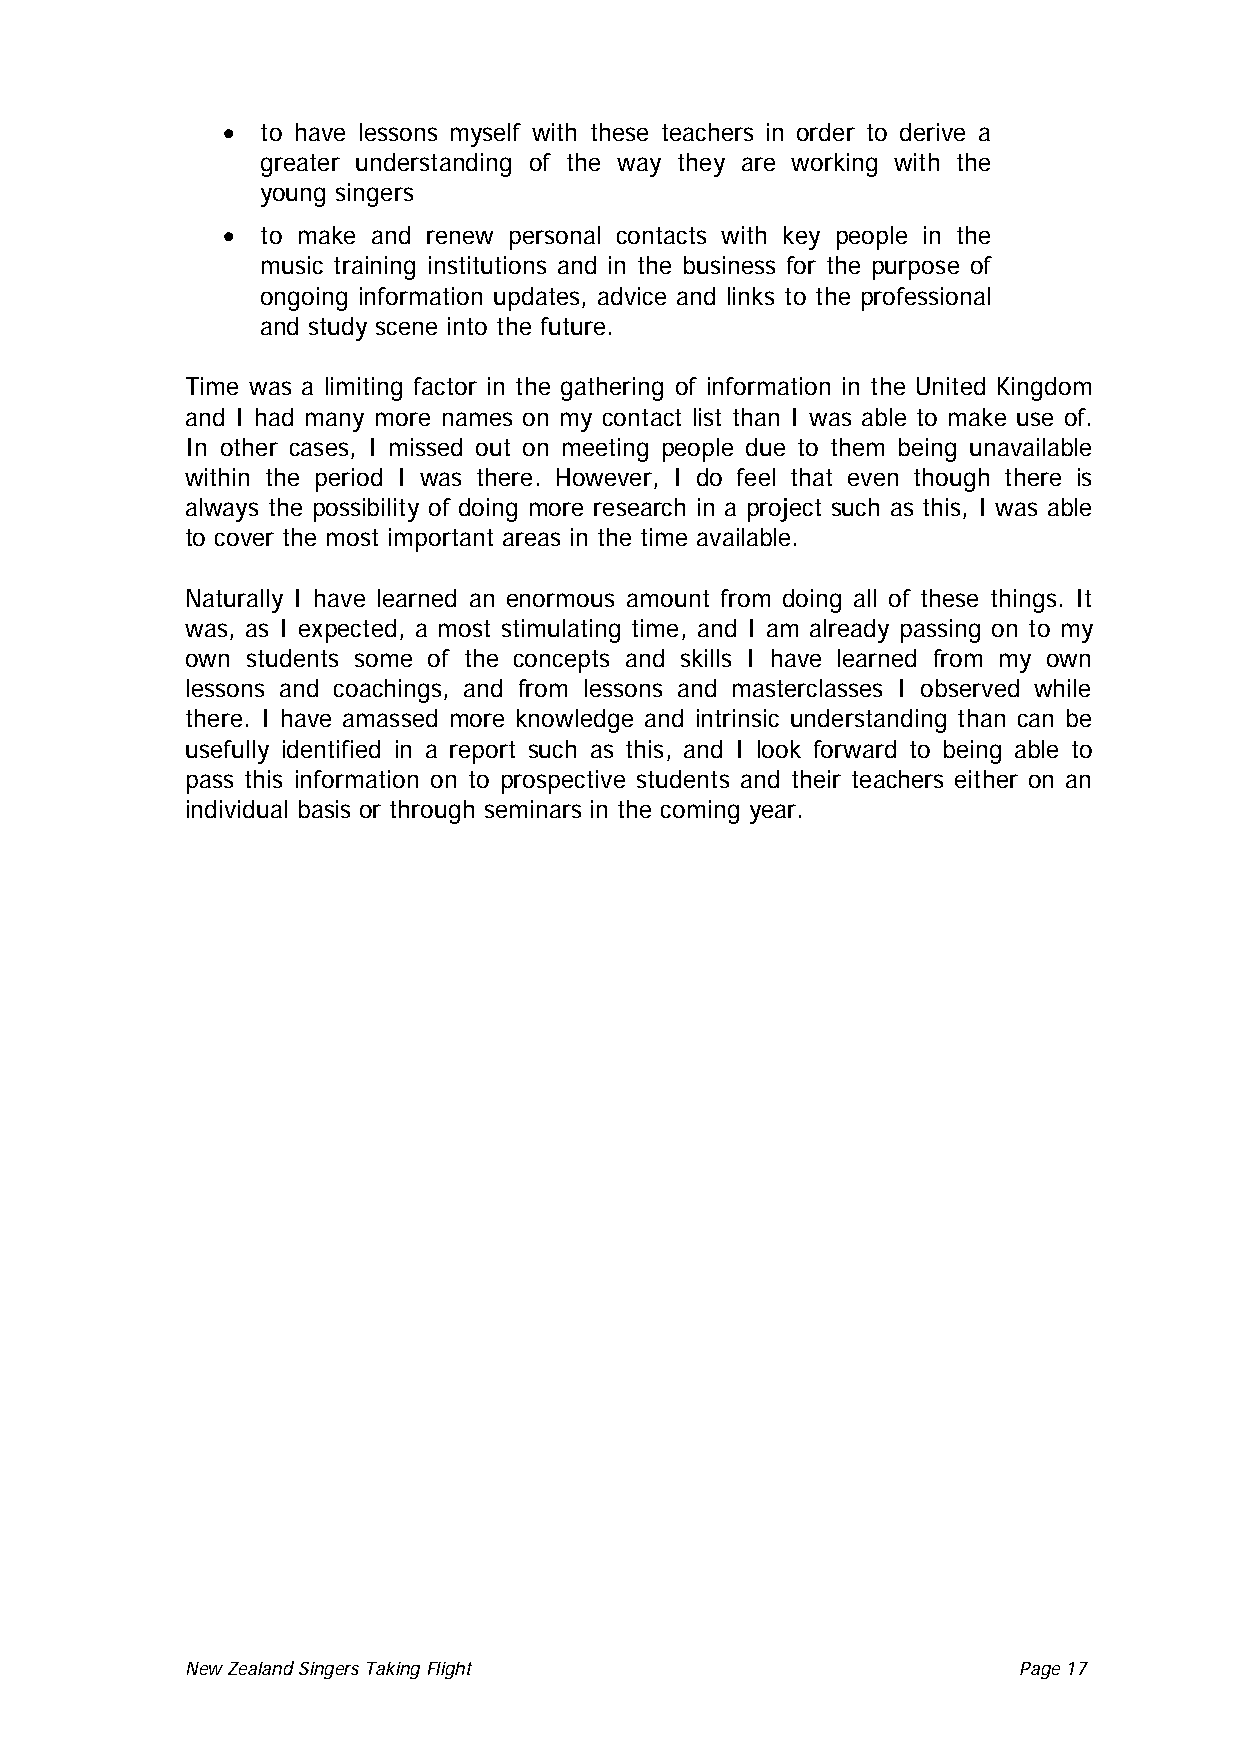
• to have lessons myself with these teachers in order to derive a
 greater understanding of the way they are working with the
 young singers
 • to make and renew personal contacts with key people in the
 music training institutions and in the business for the purpose of
 ongoing information updates, advice and links to the professional
 and study scene into the future.
 Time was a limiting factor in the gathering of information in the United Kingdom
 and I had many more names on my contact list than I was able to make use of.
 In other cases, I missed out on meeting people due to them being unavailable
 within the period I was there. However, I do feel that even though there is
 always the possibility of doing more research in a project such as this, I was able
 to cover the most important areas in the time available.
 Naturally I have learned an enormous amount from doing all of these things. It
 was, as I expected, a most stimulating time, and I am already passing on to my
 own students some of the concepts and skills I have learned from my own
 lessons and coachings, and from lessons and masterclasses I observed while
 there. I have amassed more knowledge and intrinsic understanding than can be
 usefully identified in a report such as this, and I look forward to being able to
 pass this information on to prospective students and their teachers either on an
 individual basis or through seminars in the coming year.
 New Zealand Singers Taking Flight Page 17